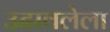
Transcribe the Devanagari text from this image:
उढावलेला